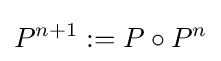
P^{n+1}:=P\circ P^{n}